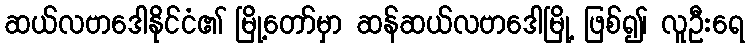
ဆယ်လဗာဒေါနိုင်ငံ၏ မြို့တော်မှာ ဆန်ဆယ်လဗာဒေါမြို့ ဖြစ်၍၊ လူဦးရေ